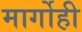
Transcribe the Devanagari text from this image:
मार्गोही